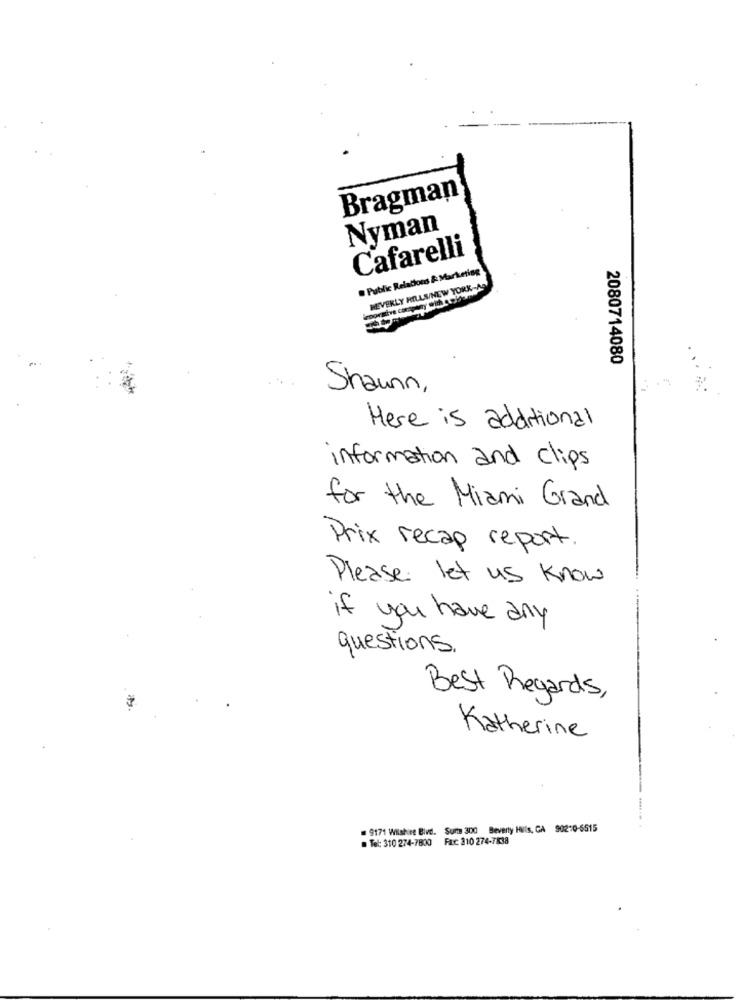
Bragman
Nyman
Cafarelli
Public Relations & Marketing
BEVERLY HILLS/NEW YORK-AG
sprintve company with golden
2080714080
Shawnn,
Here is additional
information and clips
for the Miami Grand
Prix recap report.
Please let us know
if you have any
questions.
Best Regards,
Katherine
. 9171 Wilshire Bive. Surte 300 Beverly Hills, CA 90210-5515
. Tel: 310 274-7800 Fac 310 274-7838